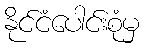
နိုင်ငံပေါင်းစုံမှ